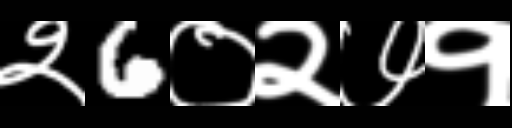
Text: २6०२७१